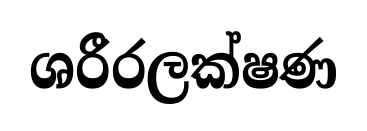
ශරීරලක්ෂණ